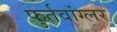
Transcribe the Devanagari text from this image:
फुर्तवांग्लर